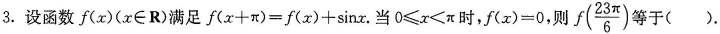
3.设函数 f(x)($$x\in R$$)满足 $$f(x+\pi )=f(x)+\sin x$$.当$$0 \leqslant x<\pi$$时,$$f(x)=0$$,则f( \frac{23 \pi }{6})等于（）.